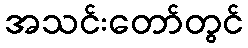
အသင်းတော်တွင်